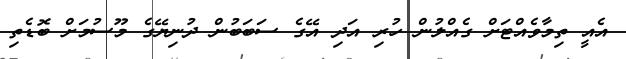
އެއީ ތިމާވެއްޓަށް ގެއްލުން ހުރި އަދި އޭގެ ސަބަބުން ދުނިޔޭގެ މޫސުމަށް ބޮޑެތި